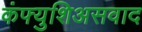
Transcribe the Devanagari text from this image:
कंफ्युशिअसवाद